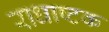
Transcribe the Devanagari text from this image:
राधाष्टक